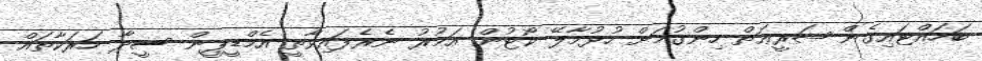
ބަހައްޓައިގެން ޝަރީޢަތް ހިންގުމަށް ހުޅުމާލޭ ކޯޓުން އަމުރު ނެރެފައިވާތީ އެމްޑީޕީން ސީދާ ހަރަކާތައް